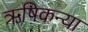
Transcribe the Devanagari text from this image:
ऋषिकन्या